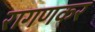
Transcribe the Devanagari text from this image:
रागणकर